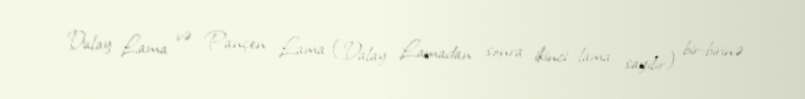
Dalay Lama və Pançen Lama (Dalay Lamadan sonra ikinci lama sayılır) bir-birinə